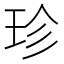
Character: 珍